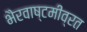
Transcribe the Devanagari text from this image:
भैरवाष्टमीव्रत